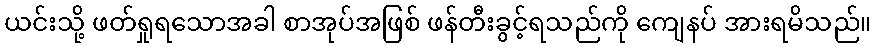
ယင်းသို့ ဖတ်ရှုရသောအခါ စာအုပ်အဖြစ် ဖန်တီးခွင့်ရသည်ကို ကျေနပ် အားရမိသည်။